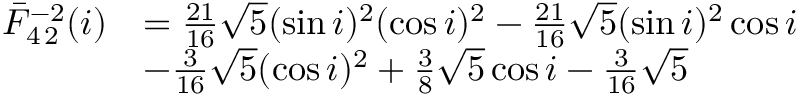
\begin{array} { r l } { \bar { F } _ { 4 \, 2 } ^ { - 2 } ( i ) } & { = \frac { 2 1 } { 1 6 } \sqrt { 5 } ( \sin i ) ^ { 2 } ( \cos i ) ^ { 2 } - \frac { 2 1 } { 1 6 } \sqrt { 5 } ( \sin i ) ^ { 2 } \cos i } \\ & { - \frac { 3 } { 1 6 } \sqrt { 5 } ( \cos i ) ^ { 2 } + \frac { 3 } { 8 } \sqrt { 5 } \cos i - \frac { 3 } { 1 6 } \sqrt { 5 } } \end{array}